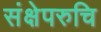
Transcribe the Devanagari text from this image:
संक्षेपरुचि